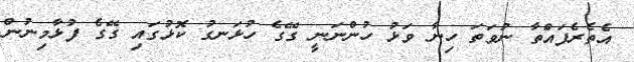
އެތެރެފައްތާ ނުވަތަ ހިނާ ވަޅު ހުންނަނީ ގޭގެ ހުޅަނގު ކޮޅުގައި ގޭގެ ފުޅާމިނުން